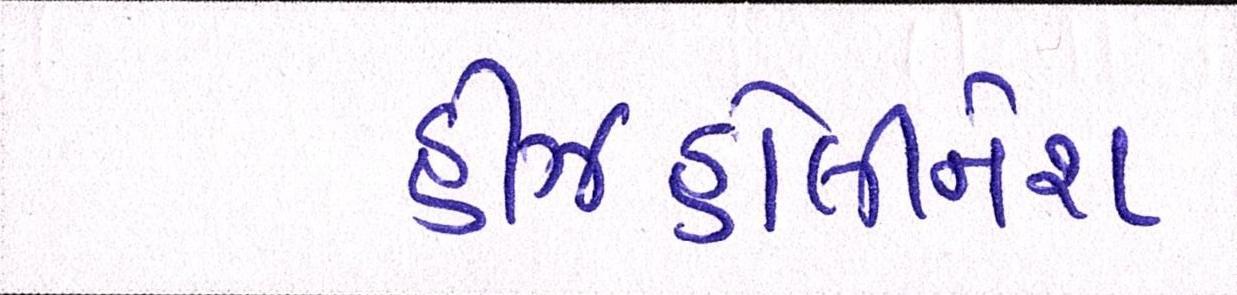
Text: હીઝહોલીનેશ